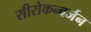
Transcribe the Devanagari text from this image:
सीरोकन्वर्जन